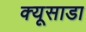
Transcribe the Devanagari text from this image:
क्यूसाडा